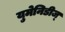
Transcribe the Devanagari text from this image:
युमेनिडीज्‌